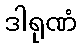
ဒါရုဏံ